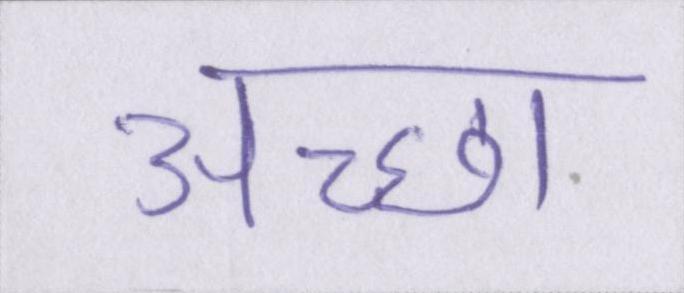
अच्छा